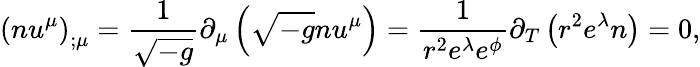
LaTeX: \left(nu^{\mu}\right)_{;\mu}=\frac{1}{\sqrt{-g}}\partial_{\mu}\left(\sqrt{-g}nu^{\mu}\right)=\frac{1}{r^{2}e^{\lambda}e^{\phi}}\partial_{T}\left(r^{2}e^{\lambda}n\right)=0,